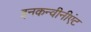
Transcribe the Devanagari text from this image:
इनकन्वीनीएंट